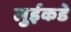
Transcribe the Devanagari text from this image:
लुईकडे